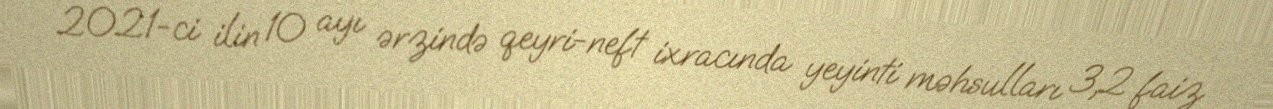
2021-ci ilin 10 ayı ərzində qeyri-neft ixracında yeyinti məhsulları 3,2 faiz